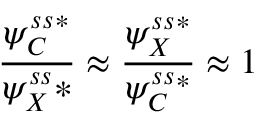
\frac { \psi _ { C } ^ { s s } { } ^ { * } } { \psi _ { X } ^ { s s } * } \approx \frac { \psi _ { X } ^ { s s } { } ^ { * } } { \psi _ { C } ^ { s s } { } ^ { * } } \approx 1